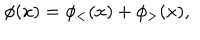
\phi ( x ) = \phi _ { < } ( x ) + \phi _ { > } ( x ) ,